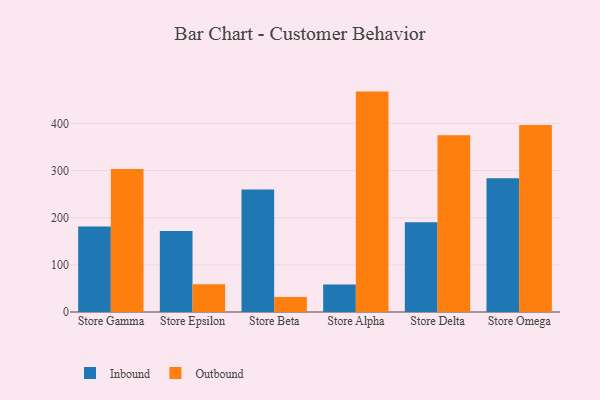
{"axis": {"x": "Store", "y": "Backlog"}, "legend": ["Inbound", "Outbound"], "data": [{"x": "Store Gamma", "y": 181.4, "type": "Inbound"}, {"x": "Store Gamma", "y": 303.1, "type": "Outbound"}, {"x": "Store Epsilon", "y": 171.7, "type": "Inbound"}, {"x": "Store Epsilon", "y": 58.7, "type": "Outbound"}, {"x": "Store Beta", "y": 259.9, "type": "Inbound"}, {"x": "Store Beta", "y": 31.6, "type": "Outbound"}, {"x": "Store Alpha", "y": 58.2, "type": "Inbound"}, {"x": "Store Alpha", "y": 467.4, "type": "Outbound"}, {"x": "Store Delta", "y": 190.4, "type": "Inbound"}, {"x": "Store Delta", "y": 374.9, "type": "Outbound"}, {"x": "Store Omega", "y": 283.6, "type": "Inbound"}, {"x": "Store Omega", "y": 396.7, "type": "Outbound"}]}